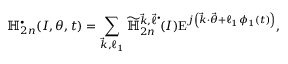
\mathbb { H } _ { 2 n } ^ { \bullet } ( \boldsymbol { I } , \boldsymbol { \theta } , t ) = \sum _ { \substack { \vec { k } , \ell _ { 1 } } } \widetilde { \mathbb { H } } _ { 2 n } ^ { \vec { k } , \vec { \ell } ^ { \bullet } } \! ( \boldsymbol { I } ) \mathrm { E } ^ { j \left( \vec { k } \cdot \vec { \theta } + \ell _ { 1 } \phi _ { 1 } ( t ) \right) } ,